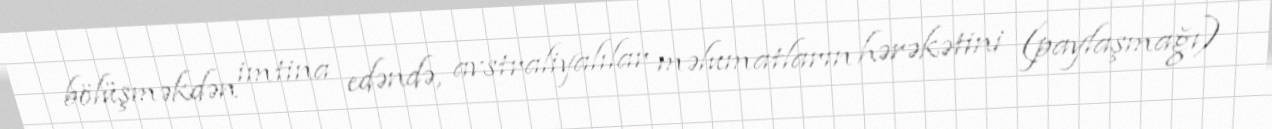
bölüşməkdən imtina edəndə, avstraliyalılar məlumatların hərəkətini (paylaşmağı)